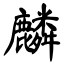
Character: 麟